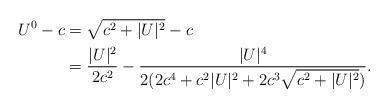
LaTeX: \begin{align*}U ^0-c&=\sqrt{c^2+|U |^2}-c\cr&=\frac{|U|^2}{2c^2}-\frac{|U|^4}{2(2c^4+c^2|U|^2+2c^3\sqrt{c^2+|U|^2})}.\end{align*}